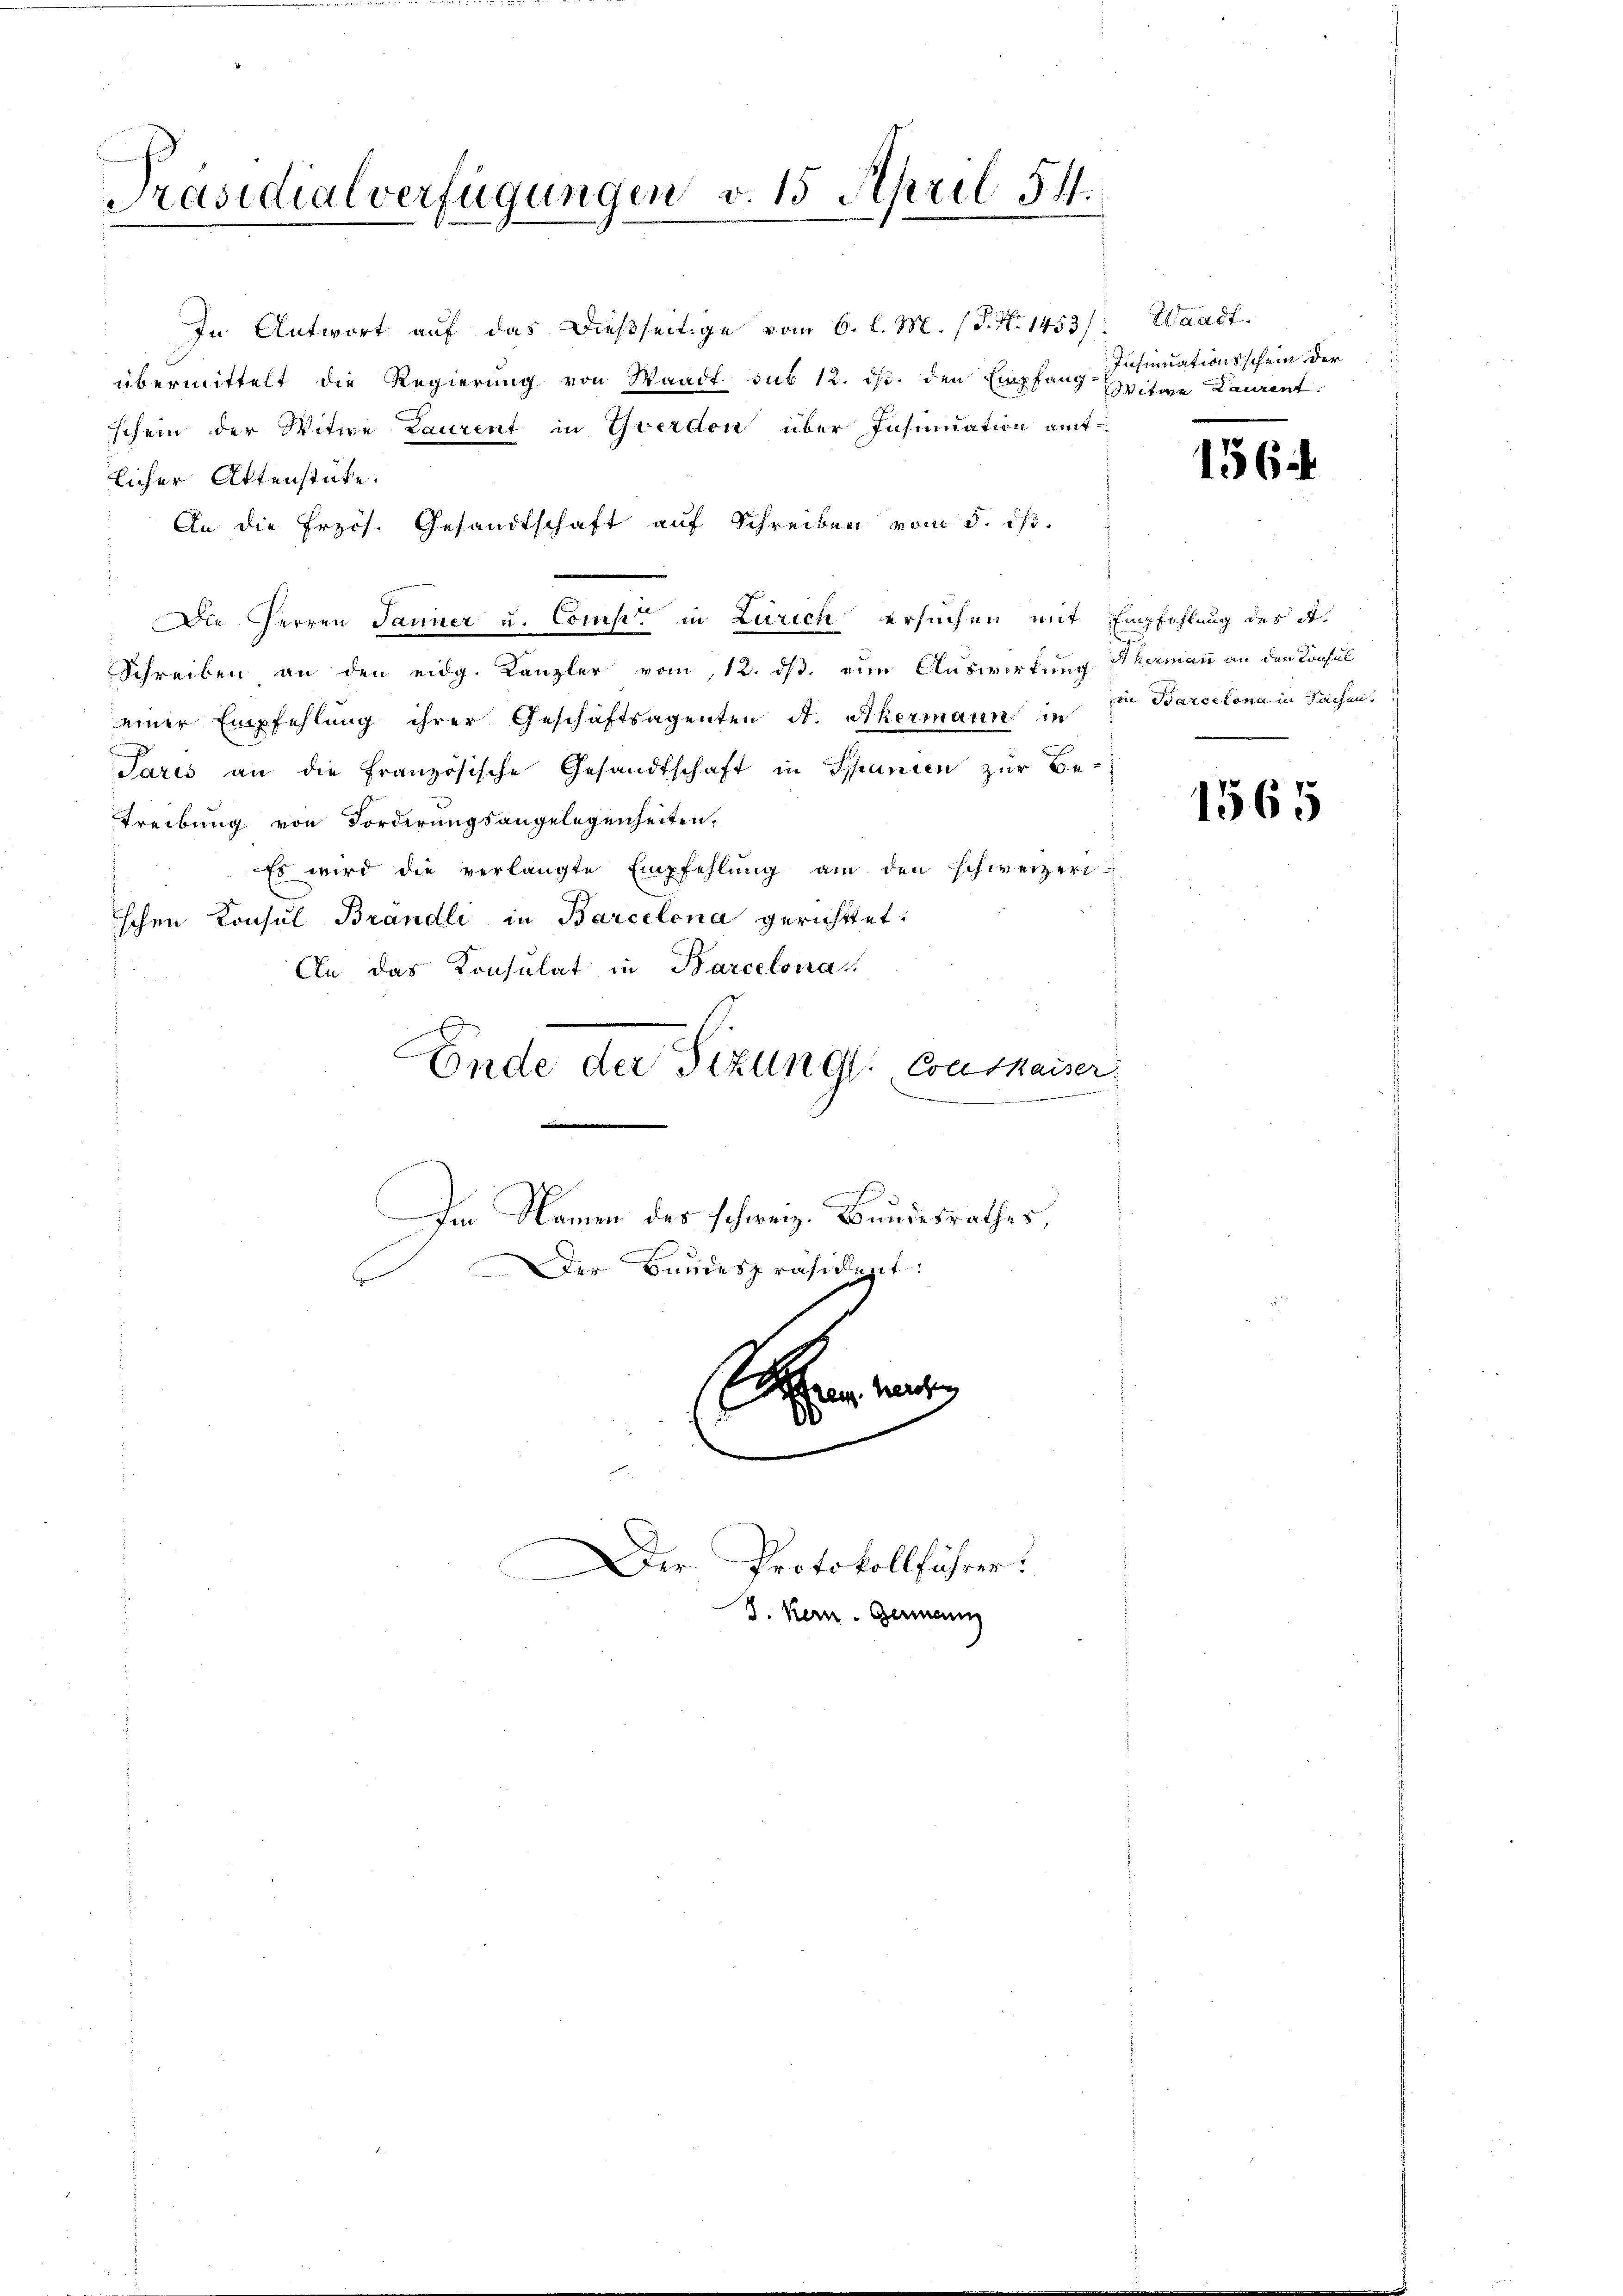
Präsidialverfügungen v. 15. April 54.

In Antwort auf das dießseitige vom 6. l. M. (T. No 1453/
übermittelt die Regierung von Waadt sub 12. ds. den Empfang Witwe Laurent
schein der Witwe Laurent in Yverdon über Insinuation amtlicher Aktenstücke.
An die Erzös. Gesandtschaft auf Schreiben vom 5. ist.
Die Herren Jänner u. Comp. in Zürich ersuchen mit Empfehlung des A.
Schreiben an den eidg. Kanzler vom 12. ds. ein Auswirkung Themann an den Konsul
einer Empfehlung ihrer Geschäftsagenten St. Ackermann in in Barcelona in Sachen.
Paris an die Französische Gesandtschaft in Spanien zur Be-
Treibung von Forderungsangelegenheiten,
Es wird die verlangte Empfehlung am den schweizerischen Konsul Brandli in Barcelena gerichttet.
An das Konsulat in Barcelona
Ende der Sizung Conskaiser.
a
Im Namen des schweiz. Bundesrathes,
Der Bundespräsident:

Der Protokollführer:

J. Kern. Germann

Waadt.
Insinuationsschein der

156

1565